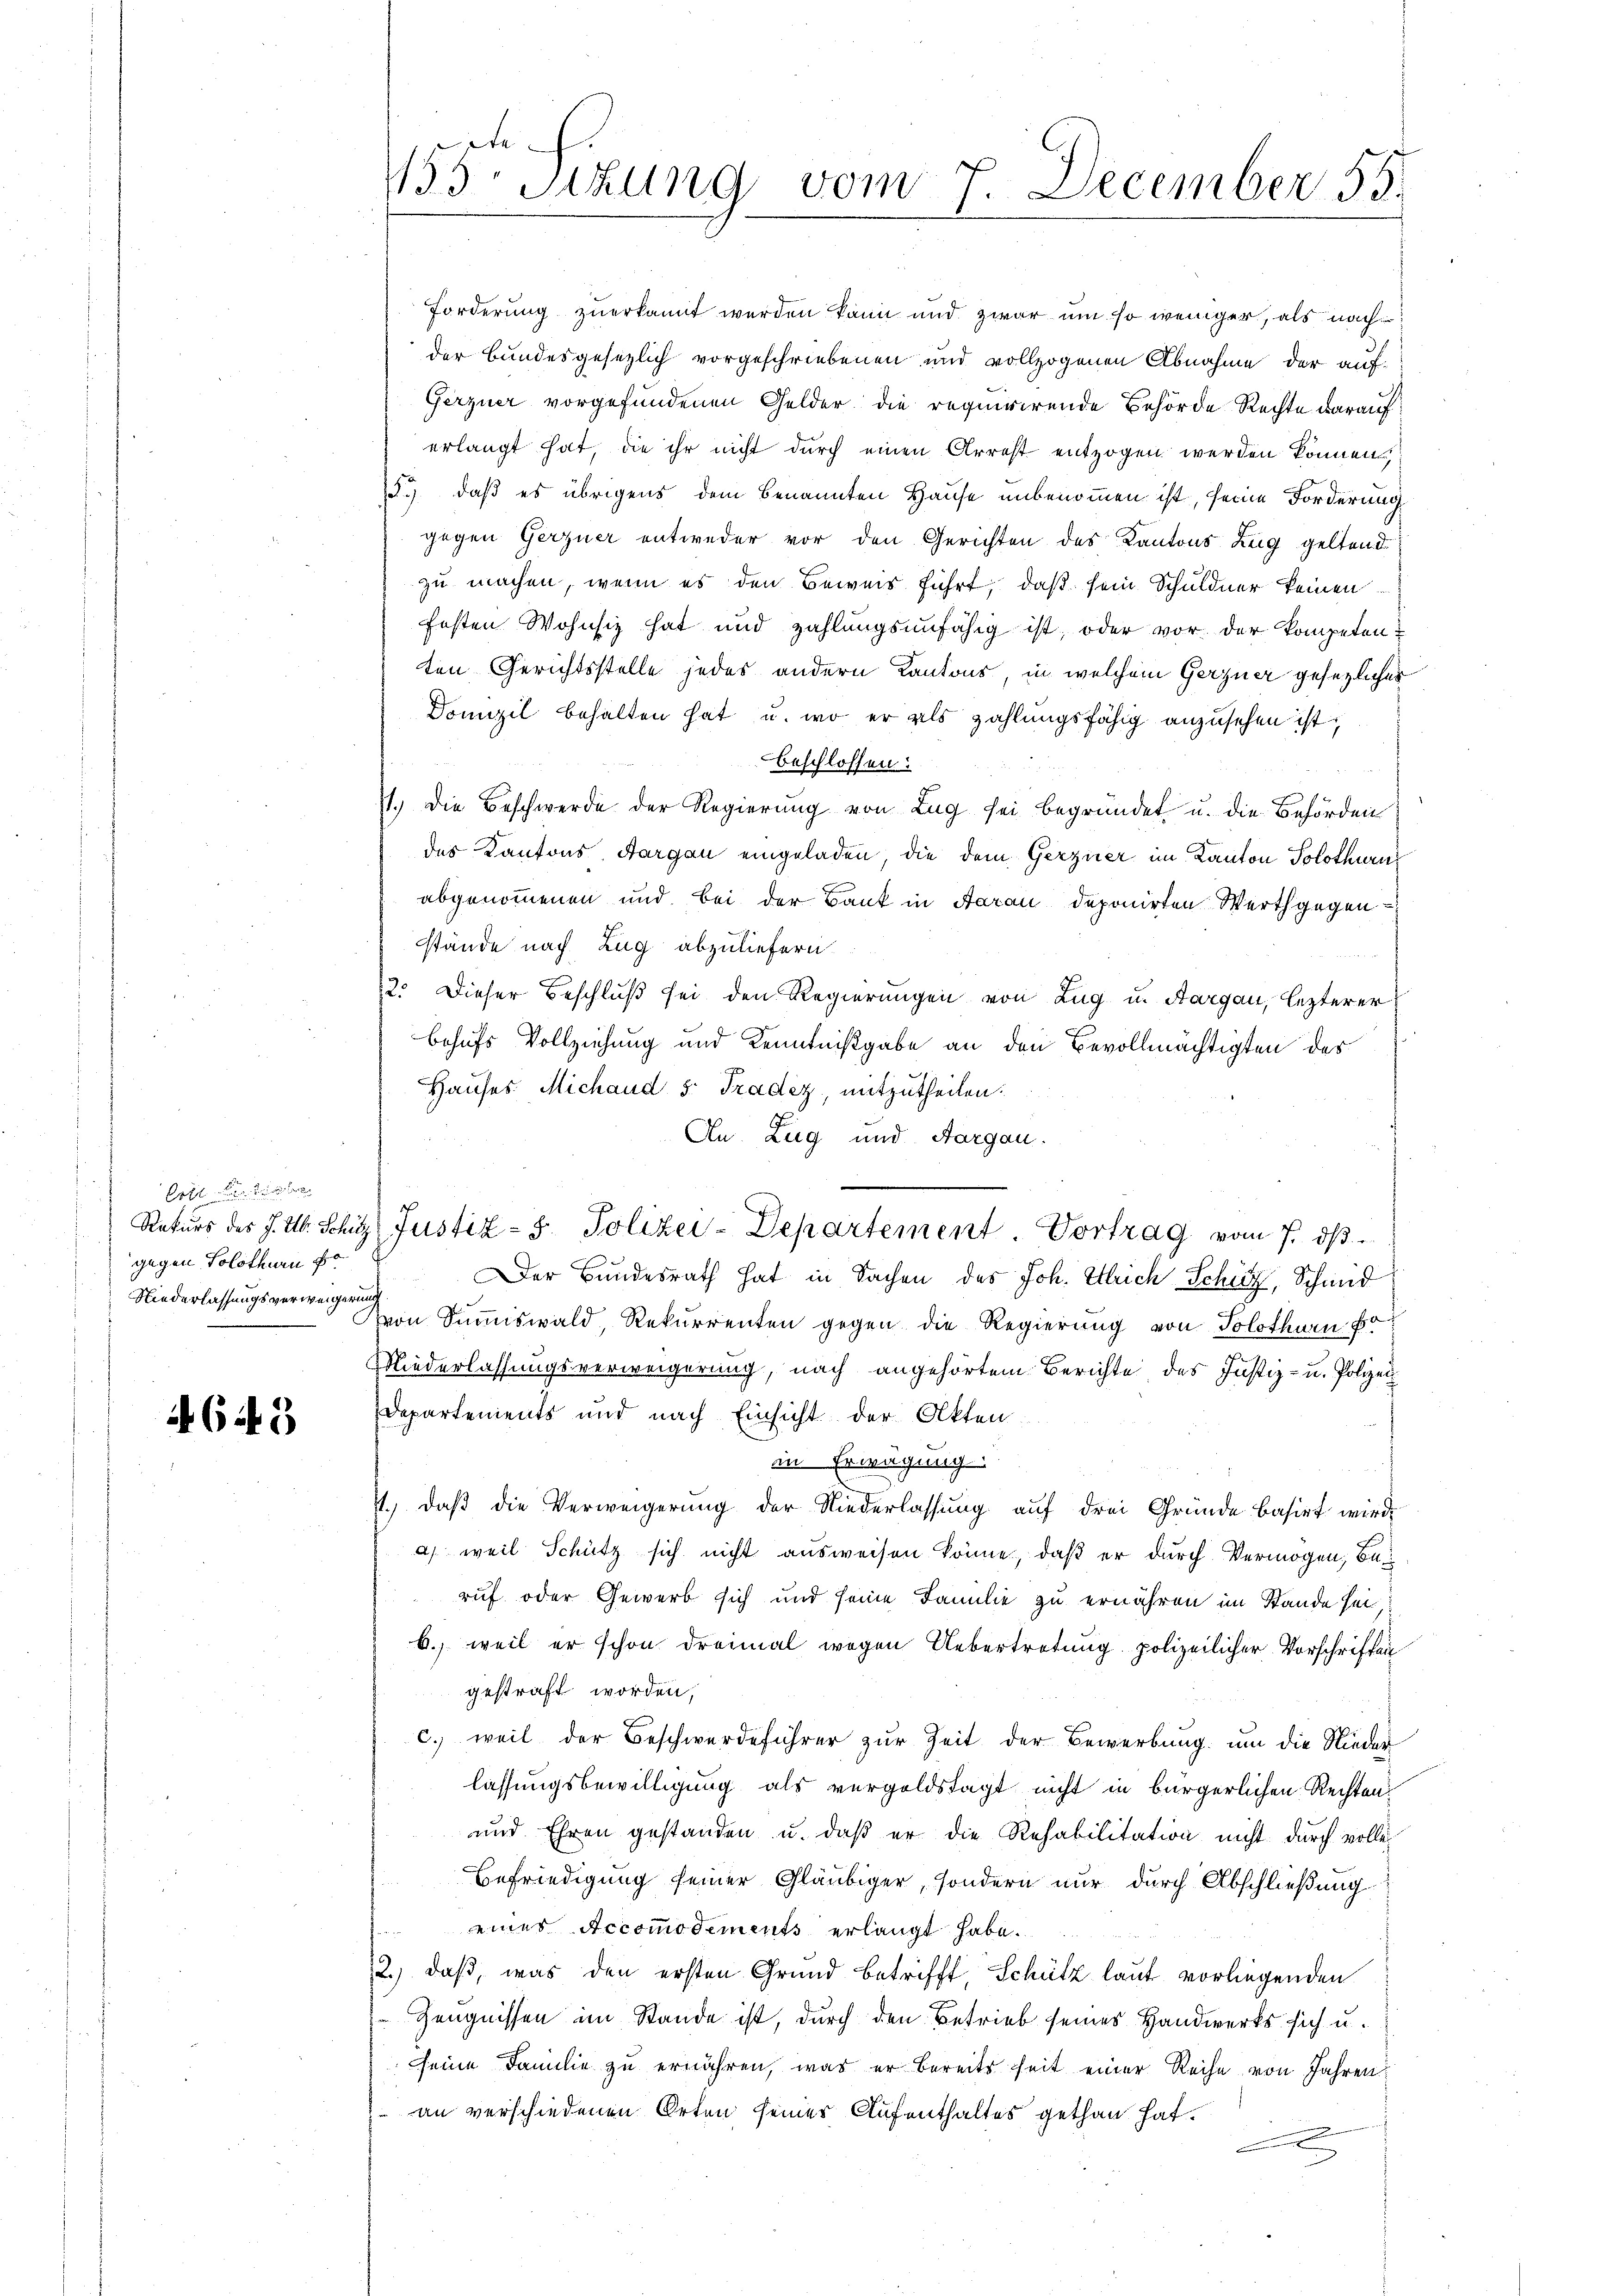
Cott
gegen Solothurn fo
Niederlassungsverweigerung

4643

Forderung zuerkannt werden kann und zwar um so weniger, als nach
der Bundesgesezlich vorgeschriebenen und vollzogenen Abnahme der auf-
Gerzner vorgefundenen Gelder die requirirende Behörde Rechte darauf
erlangt hat, die ihr nicht durch einen Arrest entzogen werden können,
.) daß es übrigens dem benannten Hause unbenommen ist, seine Forderung
gegen Gerzner entweder vor den Gerichten des Kantons Zeig geltend
zu machen, wenn es den Beweis führt, daß sein Schuldner keinen
festen Wohnsiz hat und zahlungsunfähig ist, oder vor der Kompetenten Gerichtsstelle jedes andern Kantons, in welchem Gerzner gesezlicher
Domizil behalten hat u. wo er als zahlungsfähig anzusehen ist,
beschlossen:
1.) Die Beschwerde der Regierung von Lug sei begründet u. die Behörden
des Kantons Aargau eingeladen, die dem Gerzner im Kanton Solothurn
abgenommenen und bei der Bank in Aarau deponirten Werth gegen
stände nach Zug abzuliefern.
12. Dieser Beschluß sei den Regierungen von Zug u. Aargau, lezterer
behufs Vollziehung und Kenntnißgabe an den Bevollmächtigten des
Hauses Michaud 5: Tradez, mitzutheilen.
An Zug und Aargau.
Rekurs des J. A. Schutz Justiz- & Polizei-Departement. Vortrag vom 7. dβ
Der Bundesrath hat in Sachen des Joh. Ulrich Schütz, Schmid
von Summiswald, Rekurrenten gegen die Regierung von Solothurn fo
Niederlassungsverweigerung, nach angehörtem Berichte des Justiz- u. Polizei
Departements und nach Einsicht der Akten.
in Erwägung
4.) Daß die Verweigerung der Niederlassung auf drei Gründe basirt wird,
a) weil Schütz sich nicht ausweisen könne, daß er durch Vermögen, beruf oder Gewerb sich und seine Familie zu ernähren im Stande sei
b. weil er schon dreimal wegen Uebertretung polizeilicher Vorschriften
gestraft worden,
c. weil der Beschwerdeführer zur Zeit der Bewerbung um die Nieder
lassungsbewilligung als vergoldstagt nicht in bürgerlichen Rechten
und Ehren gestanden u. daβ er die Rehabilitation nicht durch volle
Befriedigung seiner Gläubiger, sondern nur durch Abschließung
eines Accomodements erlangt habe.
2.) daß, was den ersten Grund betrifft, Schütz laut vorliegenden
Zeugnissen im Stande ist, durch den Betrieb seines Handwerks sich u.
seine Familie zu ernähren, was er bereits heit einer Reihe von Jahren
an verschiedenen Orten seiner Aufenthaltes gethan hat.
e

ete
135 Stzung vom 7. December 55.